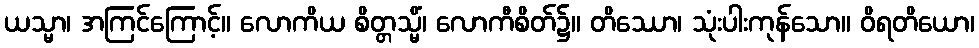
ယသ္မာ၊ အကြင်ကြောင့်။ လောကိယ စိတ္တသ္မိံ၊ လောကီစိတ်၌။ တိဿော၊ သုံးပါးကုန်သော။ ဝိရတိယော၊